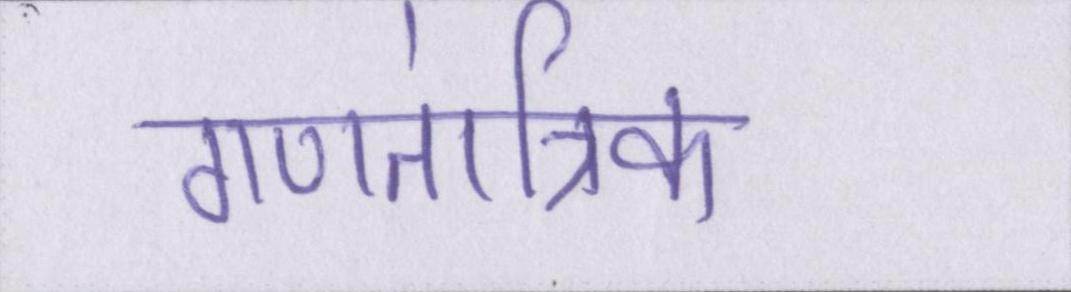
गणतांत्रिक